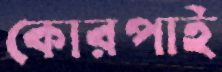
কোরপাই